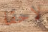
لاحقا